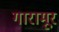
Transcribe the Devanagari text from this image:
गारामूर